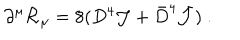
\partial ^ { \mu } { \cal R } _ { \mu } = 8 ( D ^ { 4 } { \cal J } + { \bar { D } } ^ { 4 } { \bar { \cal J } } ) \ .